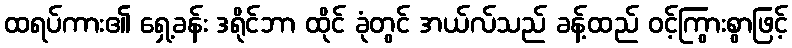
ထရပ်ကား၏ ရှေ့ခန်း ဒရိုင်ဘာ ထိုင် ခုံတွင် အယ်လ်သည် ခန့်ထည် ဝင့်ကြွားစွာဖြင့်